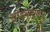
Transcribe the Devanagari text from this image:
सीडब्ल्यूएम